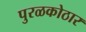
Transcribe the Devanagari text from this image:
पुरळकोठार